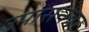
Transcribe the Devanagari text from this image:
उपासनेवर